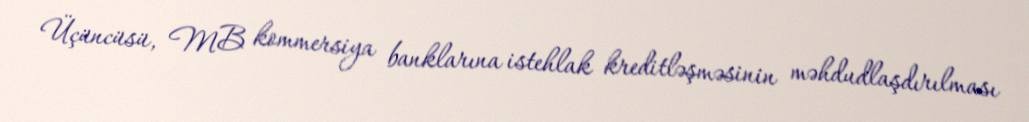
Üçüncüsü, MB kommersiya banklarına istehlak kreditləşməsinin məhdudlaşdırılması